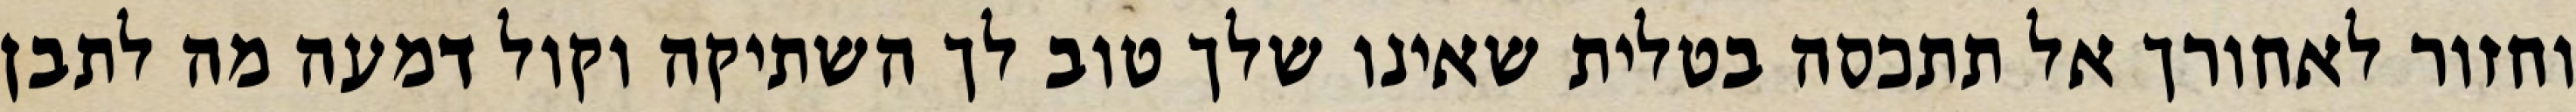
וחזור לאחורך אל תתכסה בטלית שאינו שלך טוב לך השתיקה וקול דמעה מה לתבן